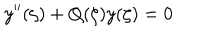
y ^ { \prime \prime } ( \zeta ) + Q ( \zeta ) y ( \zeta ) = 0